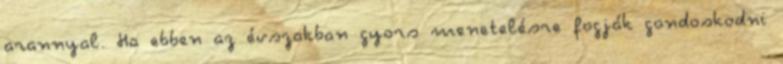
arannyal. Ha ebben az évszakban gyors menetelésre fogják gondoskodni